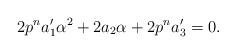
LaTeX: \begin{align*}2p^n{a'_1}\alpha^2+2a_2\alpha+2p^n{a'_3}=0.\end{align*}